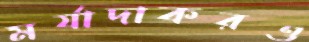
মর্যাদাকরও